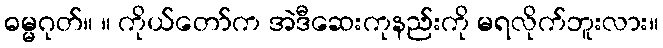
ဓမ္မဂုတ်။ ။ ကိုယ်တော်က အဲဒီဆေးကုနည်းကို မရလိုက်ဘူးလား။